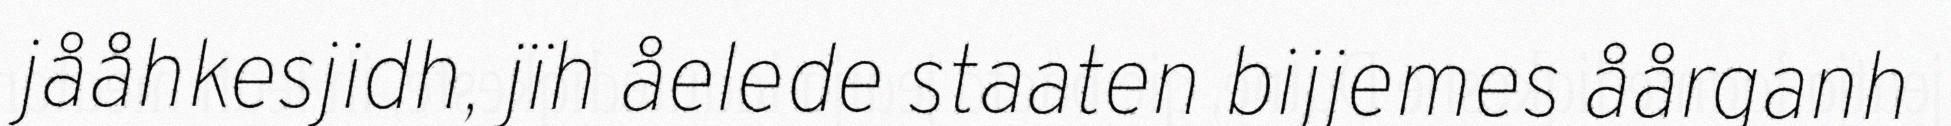
jååhkesjidh, jïh åelede staaten bijjemes åårganh